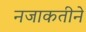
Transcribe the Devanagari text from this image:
नजाकतीने